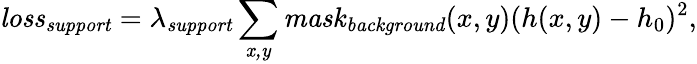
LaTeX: \mathit{loss}_{\mathit{support}}=\lambda_{\mathit{support}}\sum_{\mathit{x,y}}\mathit{mask}_{\mathit{background}}(x,y)(h(x,y)-h_{0})^{2},